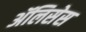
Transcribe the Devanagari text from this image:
ॲलिसेस